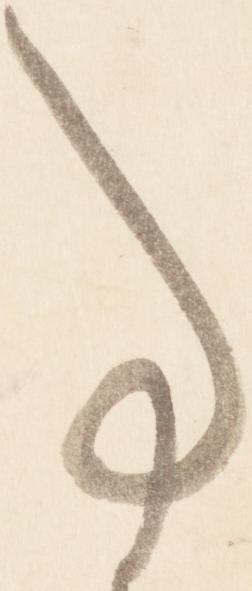
事